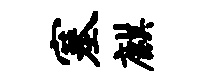
塞麒